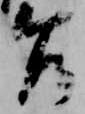
乍